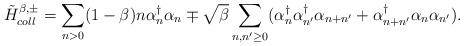
LaTeX: \begin{align*}{\tilde H}_{coll}^{\beta, \pm} =\sum_{n>0} (1-\beta) n \alpha_n^{\dagger} \alpha_n\mp \sqrt{\beta}\sum_{n,n' \geq 0} ( \alpha_n^{\dagger}\alpha_{n'}^{\dagger} \alpha_{n+n'} +\alpha_{n+n'}^{\dagger} \alpha_n \alpha_{n'} ).\end{align*}